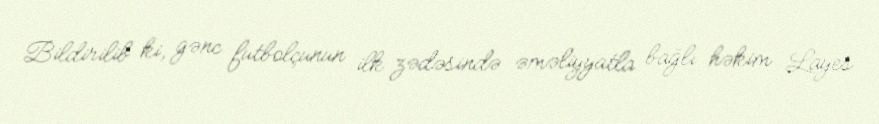
Bildirilib ki, gənc futbolçunun ilk zədəsində əməliyyatla bağlı həkim Layes